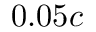
0 . 0 5 c